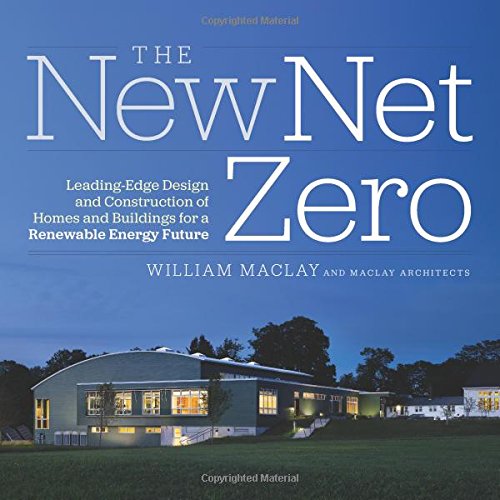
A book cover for The New Net Zero: Leading-Edge Design and Construction of Homes and Buildings for a Renewable Energy Future; Bill Maclay; Crafts, Hobbies & Home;